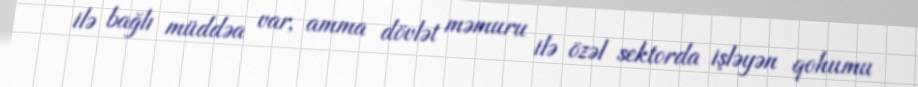
ilə bağlı müddəa var, amma dövlət məmuru ilə özəl sektorda işləyən qohumu